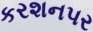
કરશનપર